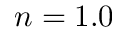
n = 1 . 0